Subject: stat
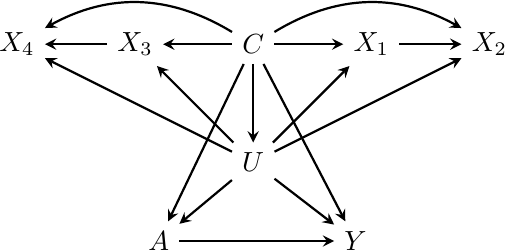
LaTeX code:
	\begin{tikzpicture}[>=stealth, node distance=1.5cm]
		\tikzstyle{square} = [draw, thick, minimum size=1.0mm, inner sep=3pt]
        \begin{scope}[xshift=0cm]
            \path[->, thick]
            node[] (a) {$A$}
            node[right of=a, xshift=1cm] (y) {$Y$}
            node[above of=a, xshift=1.2cm, yshift=-0.5cm] (u) {$U$}
            node[above of=u] (c) {$C$}
            node[right of=c] (x1) {$X_1$}
            node[right of=x1] (x2) {$X_2$}
            node[left of=c] (x3) {$X_3$}
            node[left of=x3] (x4) {$X_4$}

            (a) edge[black] (y)
            (u) edge[black] (a)
            (u) edge[black] (y)
            (c) edge[black] (a)
            (c) edge[black] (y)
            (c) edge[black] (u)
            (c) edge[black] (x1)
            (c) edge[black, bend left] (x2)
            (c) edge[black] (x3)
            (c) edge[black, bend right] (x4)
            (u) edge[black] (x1)
            (u) edge[black] (x2)
            (u) edge[black] (x3)
            (u) edge[black] (x4)
            (x1) edge[black] (x2)
            (x3) edge[black] (x4)
        ;
        \end{scope}
    \end{tikzpicture}